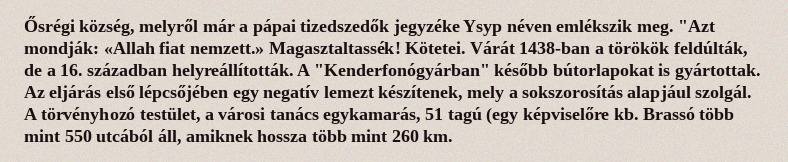
Ősrégi község, melyről már a pápai tizedszedők jegyzéke Ysyp néven emlékszik meg. "Azt mondják: «Allah fiat nemzett.» Magasztaltassék! Kötetei. Várát 1438-ban a törökök feldúlták, de a 16. században helyreállították. A "Kenderfonógyárban" később bútorlapokat is gyártottak. Az eljárás első lépcsőjében egy negatív lemezt készítenek, mely a sokszorosítás alapjául szolgál. A törvényhozó testület, a városi tanács egykamarás, 51 tagú (egy képviselőre kb. Brassó több mint 550 utcából áll, amiknek hossza több mint 260 km.